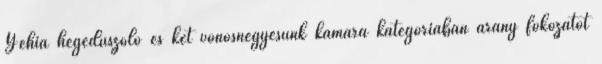
Yehia hegedűszóló és két vonósnégyesünk kamara kategóriában arany fokozatot